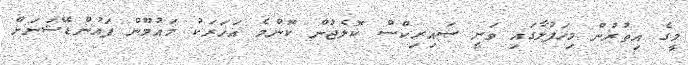
މީގެ އިތުރުން މިހަފުލާގައި ވަނީ ސައިރިކްސް ކޮލެޖުން ކޮންމެ އަހަރަކު މައުމޫން ފައުންޑޭޝަނަށް